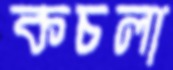
কচলা